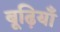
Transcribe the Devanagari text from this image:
बूढ़ियाँ